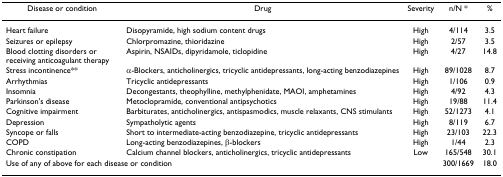
<table><thead><tr><td><b>Disease or condition</b></td><td><b>Drug</b></td><td><b>Severity</b></td><td><b>n/N *</b></td><td><b>%</b></td></tr></thead><tbody><tr><td>Heart failure</td><td>Disopyramide, high sodium content drugs</td><td>High</td><td>4/114</td><td>3.5</td></tr><tr><td>Seizures or epilepsy</td><td>Chlorpromazine, thioridazine</td><td>High</td><td>2/57</td><td>3.5</td></tr><tr><td>Blood clotting disorders or receiving anticoagulant therapy</td><td>Aspirin, NSAIDs, dipyridamole, ticlopidine</td><td>High</td><td>4/27</td><td>14.8</td></tr><tr><td>Stress incontinence**</td><td>α-Blockers, anticholinergics, tricyclic antidepressants, long-acting benzodiazepines</td><td>High</td><td>89/1028</td><td>8.7</td></tr><tr><td>Arrhythmias</td><td>Tricyclic antidepressants</td><td>High</td><td>1/106</td><td>0.9</td></tr><tr><td>Insomnia</td><td>Decongestants, theophylline, methylphenidate, MAOI, amphetamines</td><td>High</td><td>4/92</td><td>4.3</td></tr><tr><td>Parkinson&#x27;s disease</td><td>Metoclopramide, conventional antipsychotics</td><td>High</td><td>19/88</td><td>11.4</td></tr><tr><td>Cognitive impairment</td><td>Barbiturates, anticholinergics, antispasmodics, muscle relaxants, CNS stimulants</td><td>High</td><td>52/1273</td><td>4.1</td></tr><tr><td>Depression</td><td>Sympatholytic agents</td><td>High</td><td>8/119</td><td>6.7</td></tr><tr><td>Syncope or falls</td><td>Short to intermediate-acting benzodiazepine, tricyclic antidepressants</td><td>High</td><td>23/103</td><td>22.3</td></tr><tr><td>COPD</td><td>Long-acting benzodiazepines, β-blockers</td><td>High</td><td>1/44</td><td>2.3</td></tr><tr><td>Chronic constipation</td><td>Calcium channel blockers, anticholinergics, tricyclic antidepressants</td><td>Low</td><td>165/548</td><td>30.1</td></tr><tr><td colspan="3">Use of any of above for each disease or condition</td><td>300/1669</td><td>18.0</td></tr></tbody></table>